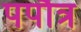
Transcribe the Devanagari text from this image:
पपौत्र